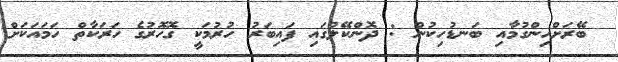
ބޭރަށްހިންގުމާއި ބަނޑުހިކުން : ދޮންކޭލުގައި ފައިބަރު ހުރުމަކީ ގޮހޮރުގެ ހަރަކާތް ހަމައަކަށް